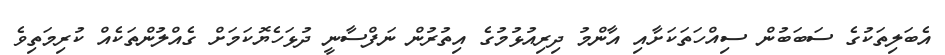
އެބަލިތަކުގެ ސަބަބުން ސިއްހަތަކަށާއި އާންމު ދިރިއުޅުމުގެ އިތުރުން ނަފްސާނީ ދުޅަހެޔޮކަމަށް ގެއްލުންތަކެއް ކުރިމަތިވެ